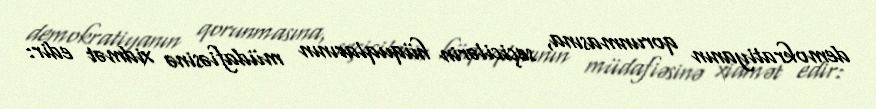
demokratiyanın qorunmasına, seçicilərin hüquqlarının müdafiəsinə xidmət edir: